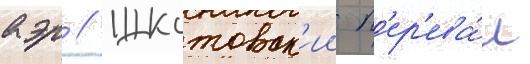
аэр // Шкотовск'ии п'ер'ева́л